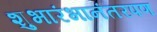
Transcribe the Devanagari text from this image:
शुभारंभानंतरपण